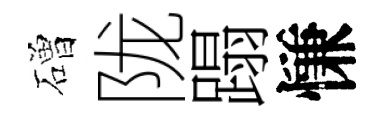
磳陇蹋慊